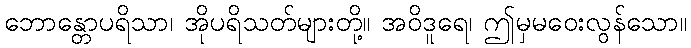
ဘောန္တောပရိသာ၊ အိုပရိသတ်များတို့။ အဝိဒူရေ၊ ဤမှမဝေးလွန်သော။